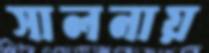
সালনায়